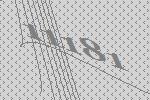
11181